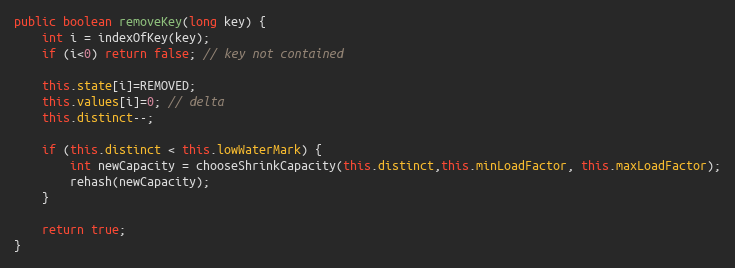
Language: Java
public boolean removeKey(long key) {
	int i = indexOfKey(key);
	if (i<0) return false; // key not contained

	this.state[i]=REMOVED;
	this.values[i]=0; // delta
	this.distinct--;

	if (this.distinct < this.lowWaterMark) {
		int newCapacity = chooseShrinkCapacity(this.distinct,this.minLoadFactor, this.maxLoadFactor);
		rehash(newCapacity);
	}

	return true;
}